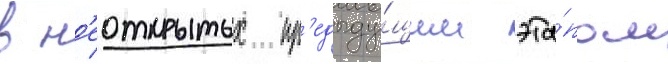
в н'еоткрытых пр'едыду́щим эта́пом